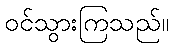
ဝင်သွားကြသည်။